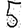
Digit: 5